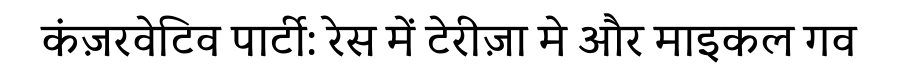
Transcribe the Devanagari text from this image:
कंज़रवेटिव पार्टी: रेस में टेरीज़ा मे और माइकल गव